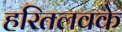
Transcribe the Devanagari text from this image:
हरितलवके